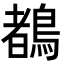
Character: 𪃙